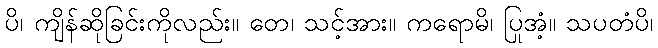
ပိ၊ ကျိန်ဆိုခြင်းကိုလည်း။ တေ၊ သင့်အား။ ကရောမိ၊ ပြုအံ့။ သပတံပိ၊